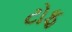
ટોફ